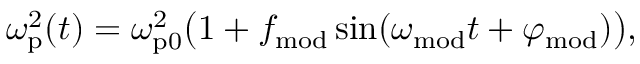
\omega _ { \mathrm { p } } ^ { 2 } ( t ) = \omega _ { \mathrm { p 0 } } ^ { 2 } \big ( 1 + f _ { \mathrm { m o d } } \sin ( \omega _ { \mathrm { m o d } } t + \varphi _ { \mathrm { m o d } } ) \big ) ,